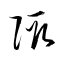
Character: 陬